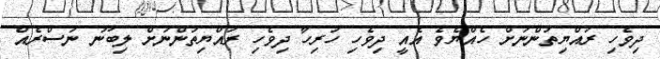
ދިވެހި ރައްޔިތުންނަށް ހެއްޔެވެ އެއީ ދިވެހި ހުރިހާ ދިވެހި ރައްޔިތުންނަށް ލިބުނު ނަސްރެއް